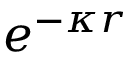
e ^ { - \kappa r }